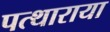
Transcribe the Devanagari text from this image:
पत्थाराया